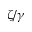
\zeta / \gamma